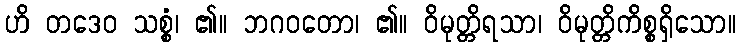
ဟိ တဒေဝ သစ္စံ၊ ၏။ ဘဂဝတော၊ ၏။ ဝိမုတ္တိရသာ၊ ဝိမုတ္တိကိစ္စရှိသော။